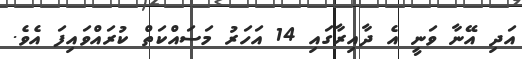
އަދި އޭނާ ވަނީ އެ ދާއިރާގައި 14 އަހަރު މަސައްކަތް ކުރައްވައިފަ އެވެ.